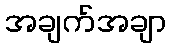
အချက်အချာ